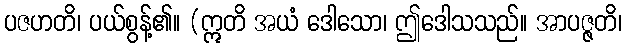
ပဇဟတိ၊ ပယ်စွန့်၏။ (ဣတိ အယံ ဒေါသော၊ ဤဒေါသသည်။ အာပဇ္ဇတိ၊